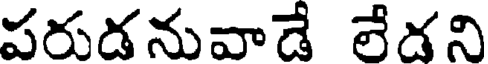
పరుడనువాడే లేడని